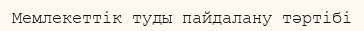
Мемлекеттік туды пайдалану тәртібі